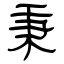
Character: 秉